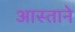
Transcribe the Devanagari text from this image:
आस्ताने